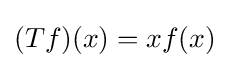
(Tf)(x)=xf(x)